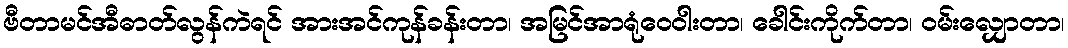
ဗီတာမင်အီဓာတ်လွန်ကဲရင် အားအင်ကုန်ခန်းတာ၊ အမြင်အာရုံဝေဝါးတာ၊ ခေါင်းကိုက်တာ၊ ဝမ်းလျှောတာ၊